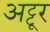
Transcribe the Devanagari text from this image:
अट्टूर